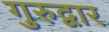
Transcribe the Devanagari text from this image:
गुरुद्वार